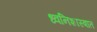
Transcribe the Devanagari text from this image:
ध्वनिशास्त्रात